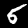
Label: 5